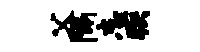
父隔忘疾